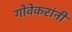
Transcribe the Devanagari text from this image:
गोवेकरांनी